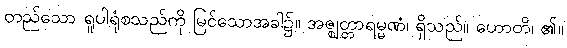
တည်သော ရူပါရုံစသည်ကို မြင်သောအခါ၌။ အဇ္ဈတ္တာရမ္မဏံ၊ ရှိသည်။ ဟောတိ၊ ၏။